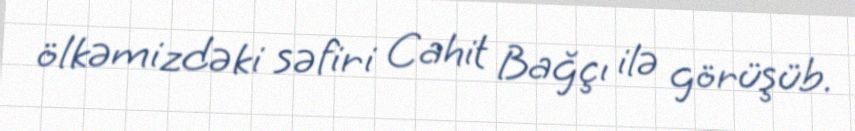
ölkəmizdəki səfiri Cahit Bağçı ilə görüşüb.